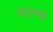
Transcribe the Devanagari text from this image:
मात्म्य